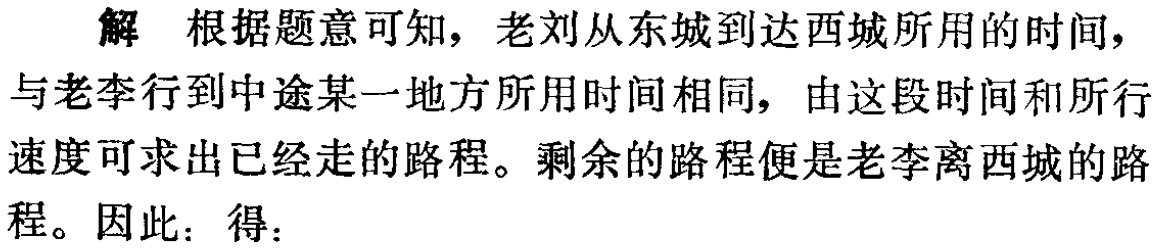
解 根据题意可知，老刘从东城到达西城所用的时间，与老李行到中途某一地方所用时间相同，由这段时间和所行速度可求出已经走的路程。剩余的路程便是老李离西城的路程。因此：得：